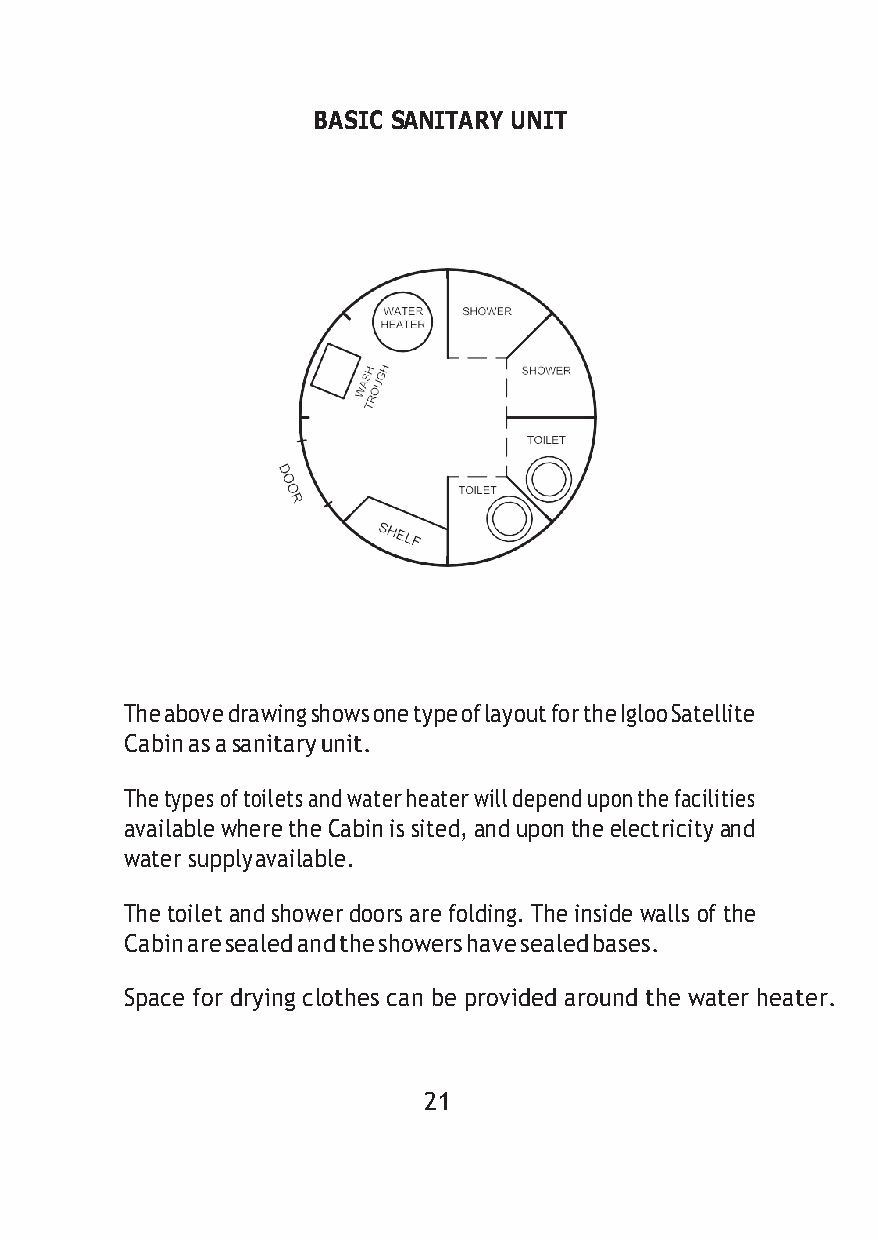
BASIC SANITARY UNIT
 The above drawing shows one type of layout for the Igloo Satellite
 Cabin as a sanitary unit.
 The types of toilets and water heater will depend upon the facilities
 available where the Cabin is sited, and upon the electricity and
 water supply available.
 The toilet and shower doors are folding. The inside walls of the
 Cabin are sealed and the showers have sealed bases.
 Space for drying clothes can be provided around the water heater.
 21